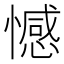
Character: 憾